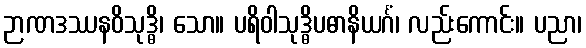
ဉာဏဒဿနဝိသုဒ္ဓိ၊ သော။ ပရိဝါသုဒ္ဓိပဓာနိယင်္ဂံ၊ လည်းကောင်း။ ပညာ၊